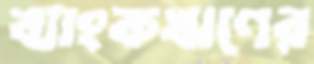
ব্যাংকঋণের